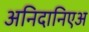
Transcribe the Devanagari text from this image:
अनिदानिएअ